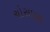
ચોસાલા